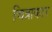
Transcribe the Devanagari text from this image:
चित्राकार